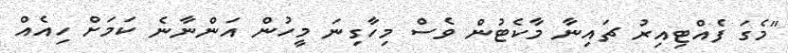
"މެގަ ފެއްޓިއިރު ޗައިނާ މާކެޓުން ވެސް މިހާގިނަ މީހުން އަންނާނެ ކަމަށް ހިއެއް